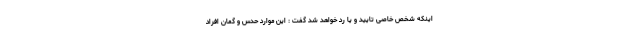
اینکه شخص خاصی تایید و یا رد خواهد شد گفت : این موارد حدس و گمان افراد